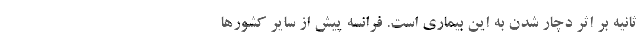
ثانیه بر اثر دچار شدن به این بیماری است. فرانسه پیش از سایر کشورها